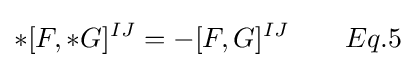
*[F,*G]^{IJ}=-[F,G]^{IJ}\qquad Eq.5